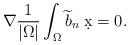
LaTeX: \begin{align*} \nabla \frac{1}{\lvert \Omega \rvert} \int_{\Omega} \widetilde{b}_{n} \; \d x = 0.\end{align*}